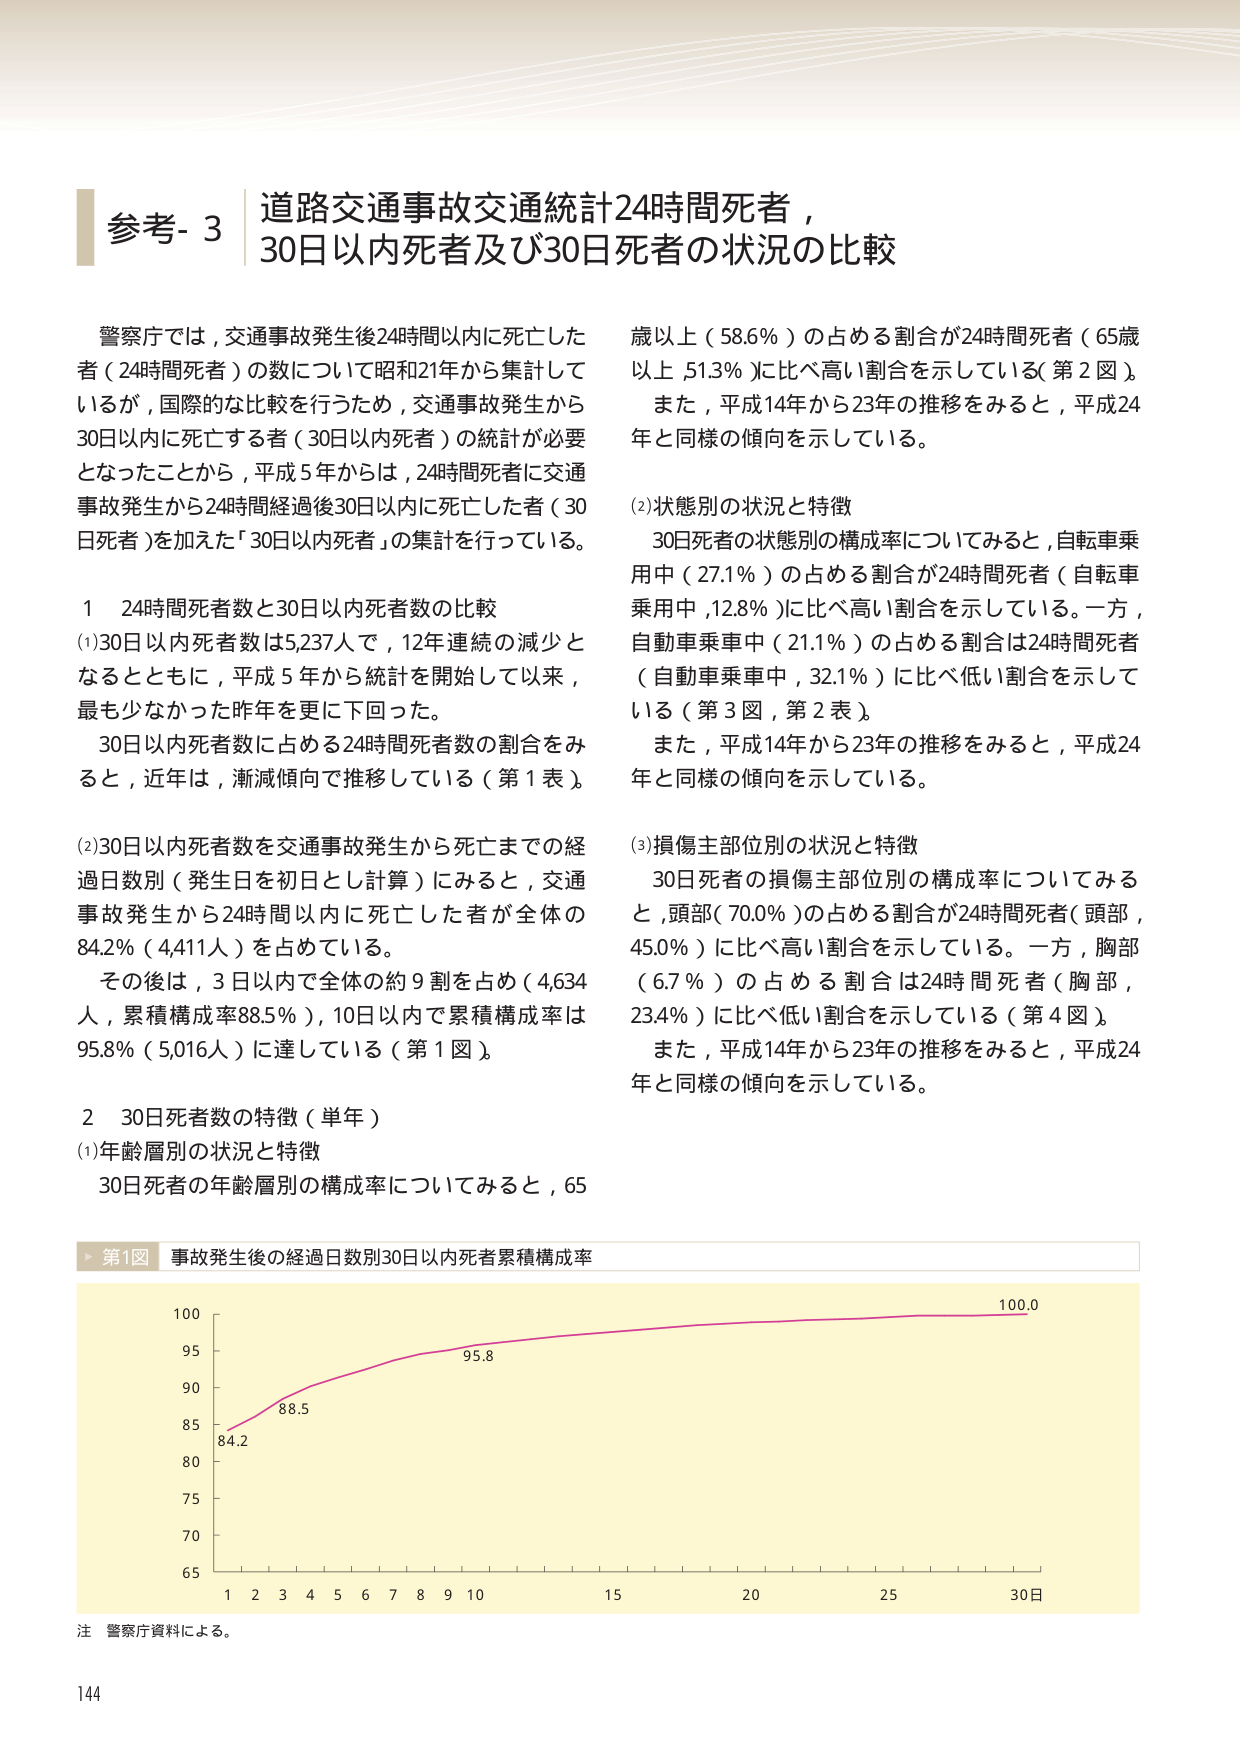
参考- 3 道路交通事故交通統計24時間死者，30日以内死者及び30日死者の状況の比較

警察庁では，交通事故発生後24時間以内に死亡した者（24時間死者）の数について昭和21年から集計しているが，国際的な比較を行うため，交通事故発生から30日以内に死亡する者（30日以内死者）の統計が必要となったことから，平成5年からは，24時間死者に交通事故発生から24時間経過後30日以内に死亡した者（30日死者）を加えた「30日以内死者」の集計を行っている。

1 24時間死者数と30日以内死者数の比較
(1)30日以内死者数は5,237人で，12年連続の減少となるとともに，平成5年から統計を開始して以来，最も少なかった昨年を更に下回った。
30日以内死者数に占める24時間死者数の割合をみると，近年は，漸減傾向で推移している（第1表）。

(2)30日以内死者数を交通事故発生から死亡までの経過日数別（発生日を初日とし計算）にみると，交通事故発生から24時間以内に死亡した者が全体の84.2％（4,411人）を占めている。
その後は，3日以内で全体の約9割を占め（4,634人，累積構成率88.5％），10日以内で累積構成率は95.8％（5,016人）に達している（第1図）。

2 30日死者数の特徴（単年）
(1)年齢層別の状況と特徴
30日死者の年齢層別の構成率についてみると，65歳以上（58.6％）の占める割合が24時間死者（65歳以上 51.3％）に比べ高い割合を示している（第2図）。
また，平成14年から23年の推移をみると，平成24年と同様の傾向を示している。

(2)状態別の状況と特徴
30日死者の状態別の構成率についてみると，自転車乗用中（27.1％）の占める割合が24時間死者（自転車乗用中，12.8％）に比べ高い割合を示している。一方，自動車乗車中（21.1％）の占める割合は24時間死者（自動車乗車中，32.1％）に比べ低い割合を示している（第3図，第2表）。
また，平成14年から23年の推移をみると，平成24年と同様の傾向を示している。

(3)損傷主部位別の状況と特徴
30日死者の損傷主部位別の構成率についてみると，頭部（70.0％）の占める割合が24時間死者（頭部，45.0％）に比べ高い割合を示している。一方，胸部（6.7％）の占める割合は24時間死者（胸部，23.4％）に比べ低い割合を示している（第4図）。
また，平成14年から23年の推移をみると，平成24年と同様の傾向を示している。

▶第1図 事故発生後の経過日数別30日以内死者累積構成率
100.0
95.8
88.5
84.2
100
95
90
85
80
75
70
65
1 2 3 4 5 6 7 8 9 10 15 20 25 30日

注 警察庁資料による。

144